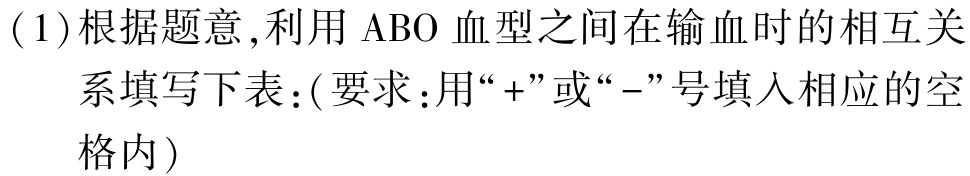
(1)根据题意,利用$\text{ABO}$血型之间在输血时的相互关系填写下表：(要求：用“+”或“-”号填入相应的空格内)